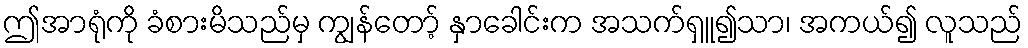
ဤအာရုံကို ခံစားမိသည်မှ ကျွန်တော့် နှာခေါင်းက အသက်ရှူ၍သာ၊ အကယ်၍ လူသည်